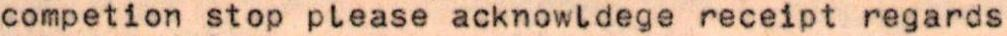
competion stop please acknowldege receipt regards